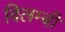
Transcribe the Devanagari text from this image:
विलम्बी